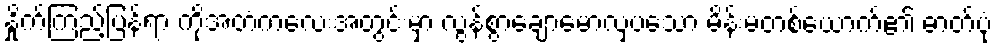
နှိုက်ကြည့်ပြန်ရာ ကိုအတံကလေးအတွင်းမှာ လွန်စွာချောမောလှပသော မိန်းမတစ်ယောက်၏ ဓာတ်ပုံ